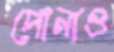
পোনাও